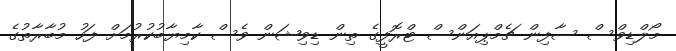
މޯލްޑިވްސް ސާފިން ޗެމްޕިއަންސް ޓްރޮފީގެ ތިން ޑިވިޝަން ވެސް ކާމިޔާބުކުރުމަށް ފަހު މުބާރާތުގެ